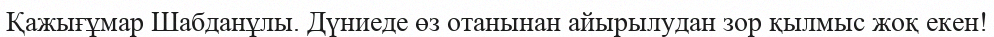
Қажығұмар Шабданұлы. Дүниеде өз отанынан айырылудан зор қылмыс жоқ екен!